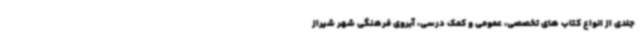
جلدی از انواع کتاب های تخصصی، عمومی و کمک درسی، آبروی فرهنگی شهر شیراز